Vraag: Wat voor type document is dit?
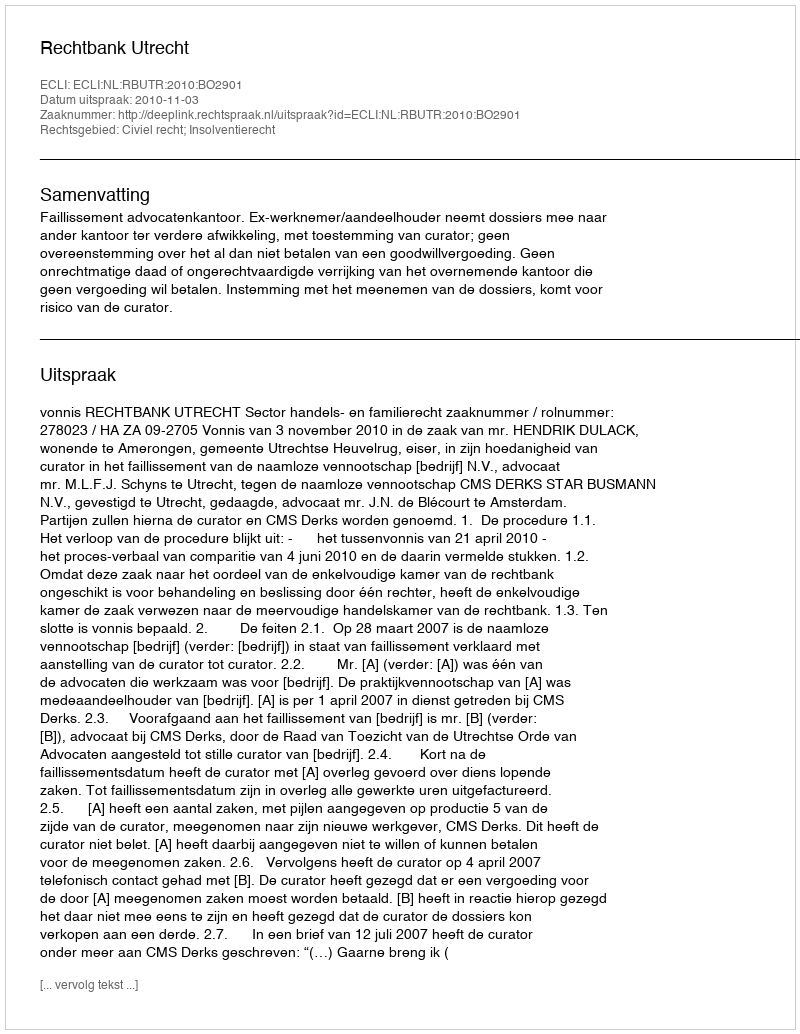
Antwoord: Uitspraak